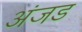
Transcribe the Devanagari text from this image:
अंजड